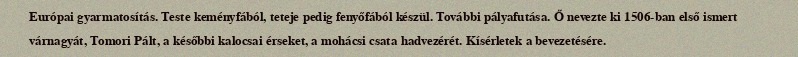
Európai gyarmatosítás. Teste keményfából, teteje pedig fenyőfából készül. További pályafutása. Ő nevezte ki 1506-ban első ismert várnagyát, Tomori Pált, a későbbi kalocsai érseket, a mohácsi csata hadvezérét. Kísérletek a bevezetésére.